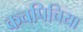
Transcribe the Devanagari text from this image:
कचपिचिया